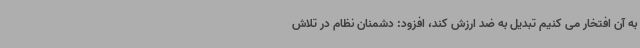
به آن افتخار می کنیم تبدیل به ضد ارزش کند، افزود: دشمنان نظام در تلاش